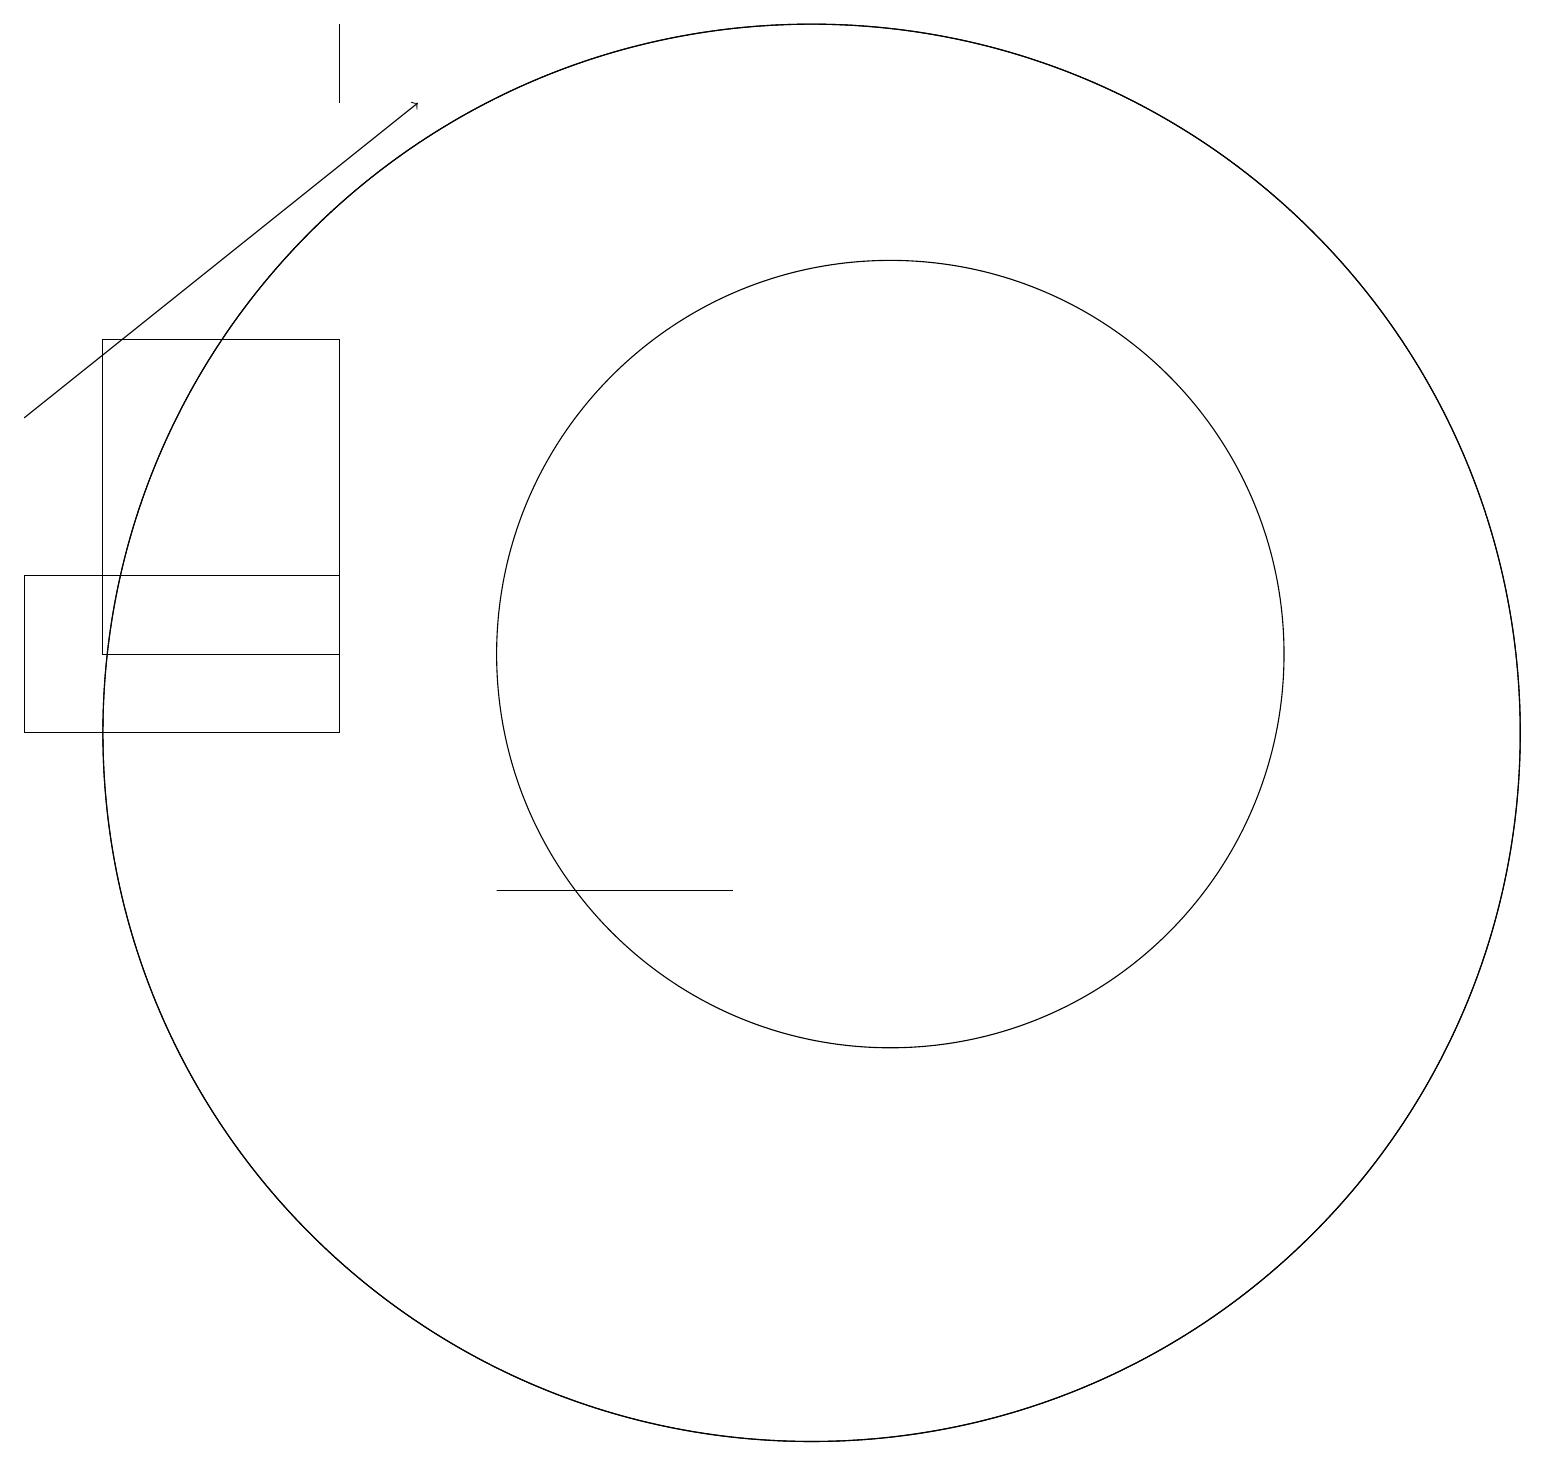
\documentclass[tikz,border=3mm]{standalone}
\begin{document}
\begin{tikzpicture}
\draw[->] (0,14) -- (5,18);
\draw (11,11) circle (5);
\draw (10,10) circle (9);
\draw (4,19) rectangle (4,18);
\draw (9,8) -- (6,8) -- (7,8) -- cycle;
\draw (4,12) rectangle (0,10);
\draw (10,10) circle (9);
\draw (4,15) rectangle (1,11);
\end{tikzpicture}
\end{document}